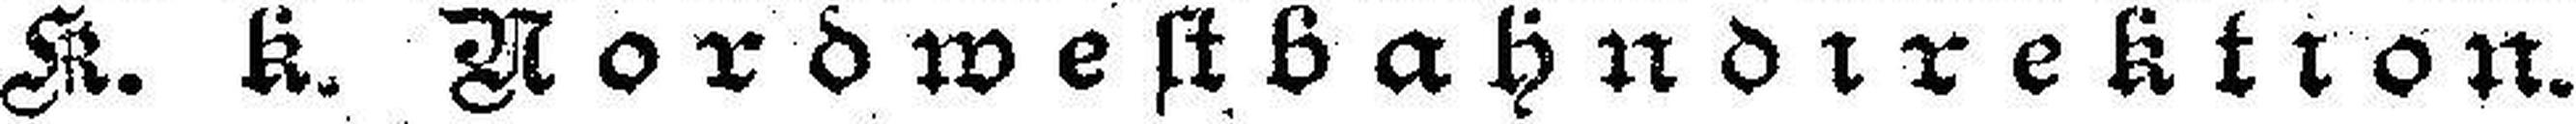
K. k. Nordwestbahndirektion